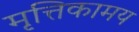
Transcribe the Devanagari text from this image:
मृत्तिकामय